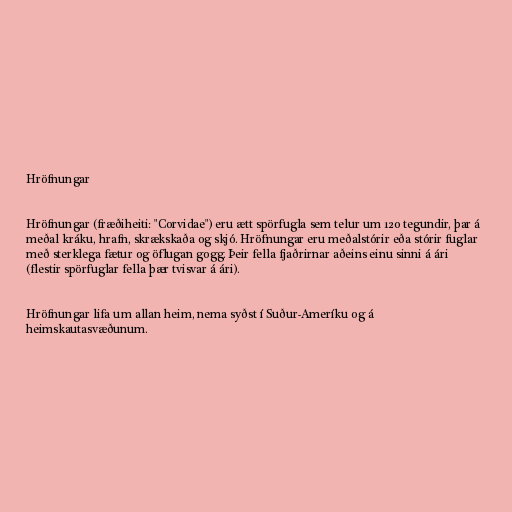
Hröfnungar

Hröfnungar (fræðiheiti: "Corvidae") eru ætt spörfugla sem telur um 120 tegundir, þar á
meðal kráku, hrafn, skrækskaða og skjó. Hröfnungar eru meðalstórir eða stórir fuglar
með sterklega fætur og öflugan gogg. Þeir fella fjaðrirnar aðeins einu sinni á ári
(flestir spörfuglar fella þær tvisvar á ári).

Hröfnungar lifa um allan heim, nema syðst í Suður-Ameríku og á
heimskautasvæðunum.